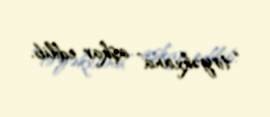
“tiryəkxana” aşkar edilib.